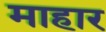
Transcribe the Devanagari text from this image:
माहार